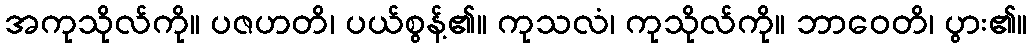
အကုသိုလ်ကို။ ပဇဟတိ၊ ပယ်စွန့်၏။ ကုသလံ၊ ကုသိုလ်ကို။ ဘာဝေတိ၊ ပွား၏။